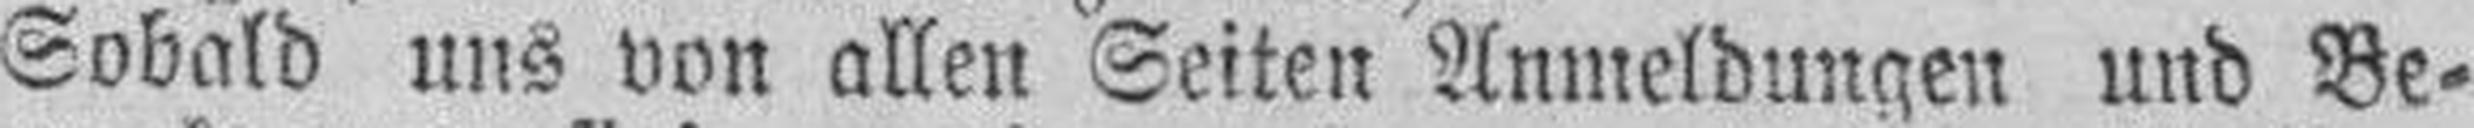
Sobald uns von allen Seiten Anmeldungen und Be¬